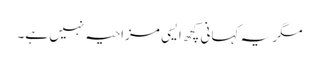
مگر یہ کہانی کچھ ایسی مزاحیہ نہیں ہے۔